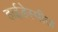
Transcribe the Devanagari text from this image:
हाईडेस्पीज